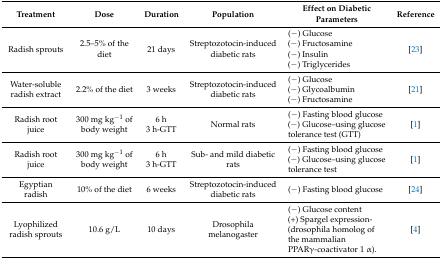
<table><thead><tr><td><b>Treatment</b></td><td><b>Dose </b></td><td><b>Duration</b></td><td><b>Population </b></td><td><b>Effect on Diabetic Parameters </b></td><td><b>Reference</b></td></tr></thead><tbody><tr><td>Radish sprouts</td><td>2.5–5% of the diet</td><td>21 days</td><td>Streptozotocin-induced diabetic rats</td><td>(−) Glucose(−) Fructosamine(−) Insulin(−) Triglycerides </td><td>[23]</td></tr><tr><td>Water-soluble radish extract</td><td>2.2% of the diet</td><td>3 weeks </td><td>Streptozotocin-induced diabetic rats</td><td>(−) Glucose(−) Glycoalbumin(−) Fructosamine</td><td>[21]</td></tr><tr><td>Radish root juice</td><td>300 mg kg<sup>−1</sup> of body weight</td><td>6 h3 h-GTT</td><td>Normal rats</td><td>(−) Fasting blood glucose(−) Glucose–using glucose tolerance test (GTT)</td><td>[1]</td></tr><tr><td>Radish root juice</td><td>300 mg kg<sup>−1</sup> of body weight</td><td>6 h3 h-GTT</td><td>Sub- and mild diabetic rats</td><td>(−) Fasting blood glucose(−) Glucose–using glucose tolerance test</td><td>[1]</td></tr><tr><td>Egyptian radish</td><td>10% of the diet</td><td>6 weeks</td><td>Streptozotocin-induced diabetic rats</td><td>(−) Fasting blood glucose</td><td>[24]</td></tr><tr><td>Lyophilized radish sprouts</td><td>10.6 g/L</td><td>10 days</td><td>Drosophila melanogaster</td><td>(−) Glucose content(+) Spargel expression- (drosophila homolog of the mammalian PPARγ-coactivator 1 α).</td><td>[4]</td></tr></tbody></table>